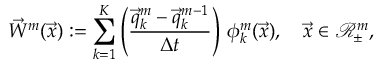
\vec { W } ^ { m } ( \vec { x } ) : = \sum _ { k = 1 } ^ { K } \left( \frac { \vec { q } _ { k } ^ { m } - \vec { q } _ { k } ^ { m - 1 } } { \Delta t } \right) \, \phi _ { k } ^ { m } ( \vec { x } ) , \quad \vec { x } \in \mathscr { R } _ { \pm } ^ { m } ,